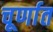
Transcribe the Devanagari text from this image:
चूर्णात